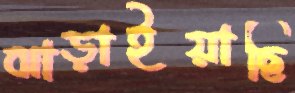
ঝাড়াইয়াছি